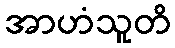
အာဟံသူတိ